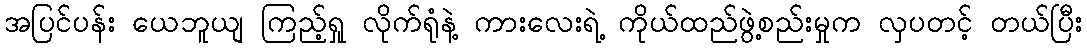
အပြင်ပန်း ယေဘူယျ ကြည့်ရှု လိုက်ရုံနဲ့ ကားလေးရဲ့ ကိုယ်ထည်ဖွဲ့စည်းမှုက လှပတင့် တယ်ပြီး